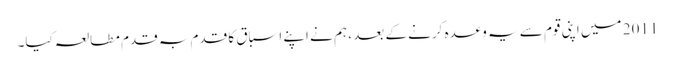
2011 میں اپنی قوم سے یہ وعدہ کرنے کے بعد ، ہم نے اپنے اسباق کا قدم بہ قدم مطالعہ کیا۔